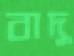
বাদু